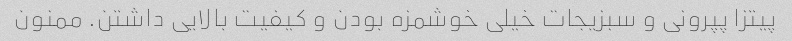
پیتزا پپرونی و سبزیجات خیلی خوشمزه بودن و کیفیت بالایی داشتن. ممنون